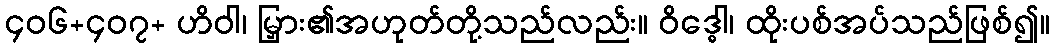
၄၀၆+၄၀၇+ ဟိဝါ၊ မြှား၏အဟုတ်တို့သည်လည်း။ ဝိဒ္ဓေါ၊ ထိုးပစ်အပ်သည်ဖြစ်၍။